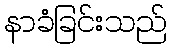
နာခံခြင်းသည်